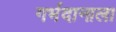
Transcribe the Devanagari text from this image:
गर्भदानाला